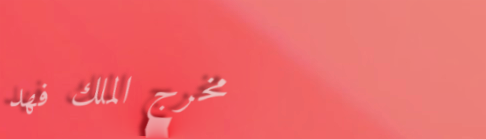
مخرج الملك فهد